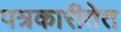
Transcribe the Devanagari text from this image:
पत्रकारीतेत